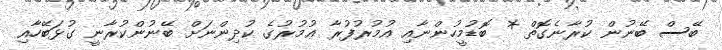
ބޭސް ބޭނުން ކުރާނެގޮތް * ބޮޑުމީހުންނާއި އުމުރުފުރާ ޢުމުރުގެ ކުދިންނަށް ބޭނުންކުރާނީ ގުޅަބޭހާއި